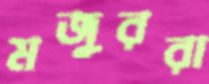
মজুররা